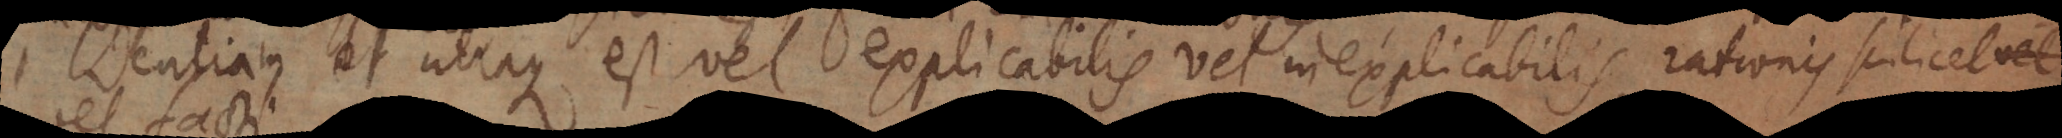
coincidentiam et utraque est vel explicabilis vel inexplicabilis, rationis scilicet vel